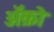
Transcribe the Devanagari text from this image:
अॅक्रो